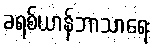
ခရစ်ယာန်ဘာသာရေး